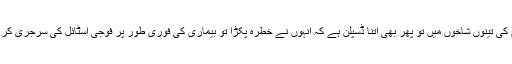
فوج کی تینوں شاخوں میں تو پھر بھی اتنا ڈسپلن ہے کہ انہوں نے خطرہ پکڑا تو بیماری کی فوری طور پر فوجی اسٹائل کی سرجری کر دی۔